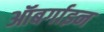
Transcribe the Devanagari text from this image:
ऑबर्गाइन